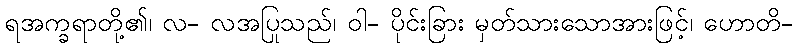
ရအက္ခရာတို့၏၊ လ- လအပြုသည်၊ ဝါ- ပိုင်းခြား မှတ်သားသောအားဖြင့်၊ ဟောတိ-